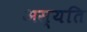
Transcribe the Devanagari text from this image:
अस्यति